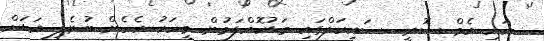
އައި އެމް ސޮރީ.. ސައިކަލްގައި މަޑުކޮއްލަމުން މީހަކު އެހެން ބުނެލި އަޑަށް